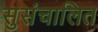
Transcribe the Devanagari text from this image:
सुसंचालित